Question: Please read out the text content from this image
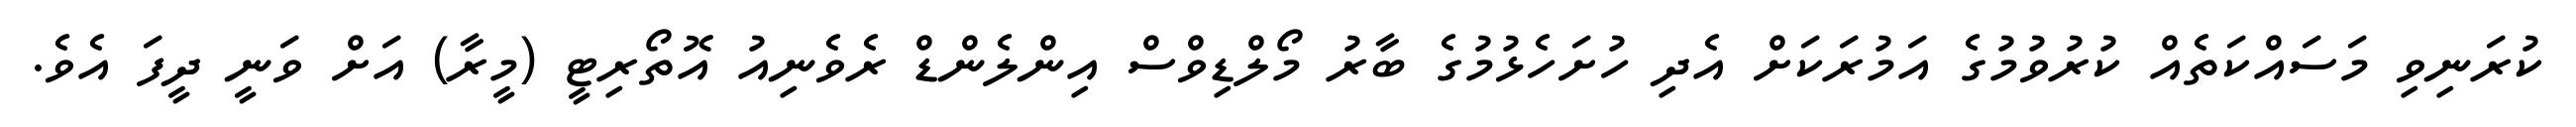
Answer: ކުރަނިވި މަސައްކަތެއް ކުރުވުމުގެ އަމުރަކަށް އެދި ހުށަހެޅުމުގެ ބާރު މޯލްޑިވްސް އިންލެންޑް ރެވެނިއު އޮތޯރިޓީ (މީރާ) އަށް ވަނީ ދީފަ އެވެ.